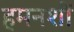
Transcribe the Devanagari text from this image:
हमनशीं